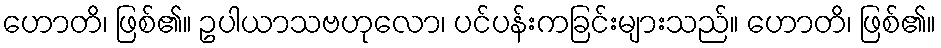
ဟောတိ၊ ဖြစ်၏။ ဥပါယာသဗဟုလော၊ ပင်ပန်းကခြင်းများသည်။ ဟောတိ၊ ဖြစ်၏။